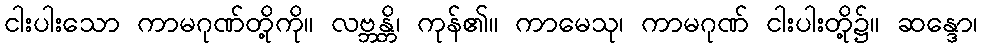
ငါးပါးသော ကာမဂုဏ်တို့ကို။ လဗ္ဘန္တိ၊ ကုန်၏။ ကာမေသု၊ ကာမဂုဏ် ငါးပါးတို့၌။ ဆန္ဒော၊